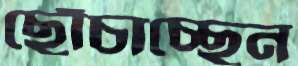
ছোঁচাচ্ছেন